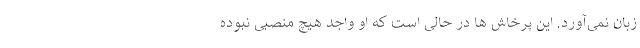
زبان نمی‌آورد. این پرخاش ها در حالی است که او واجد هیچ منصبی نبوده